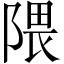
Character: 隈